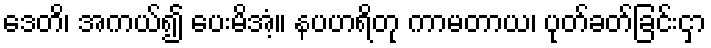
ဒေတိ၊ အကယ်၍ ပေးမိအံ့။ နပဟရိတု ကာမတာယ၊ ပုတ်ခတ်ခြင်းငှာ